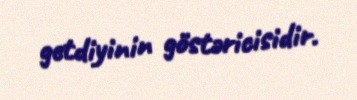
getdiyinin göstəricisidir.